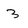
Character: 3